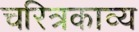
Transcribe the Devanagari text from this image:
चरित्रकाव्य